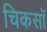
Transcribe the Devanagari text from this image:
चिकसॉ